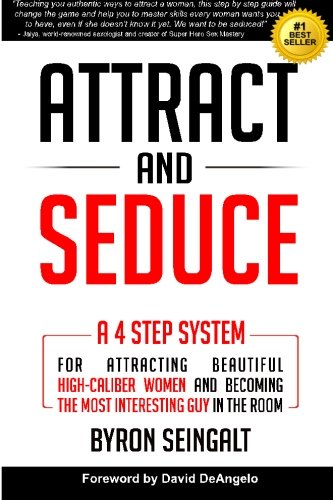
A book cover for Attract and Seduce: A 4-Step System For Attracting Beautiful High-Caliber Women and Becoming The Most Interesting Guy In The Room (Attraction and Seduction For Men and Women); Byron Seingalt; Self-Help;